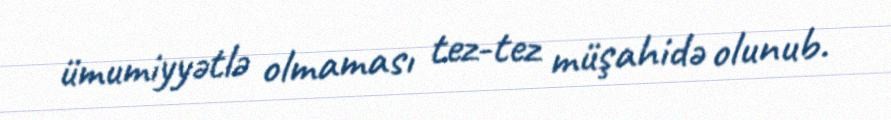
ümumiyyətlə olmaması tez-tez müşahidə olunub.